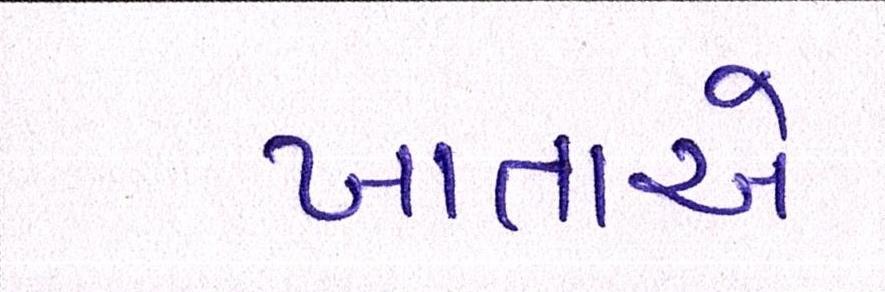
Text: ખાતાએ